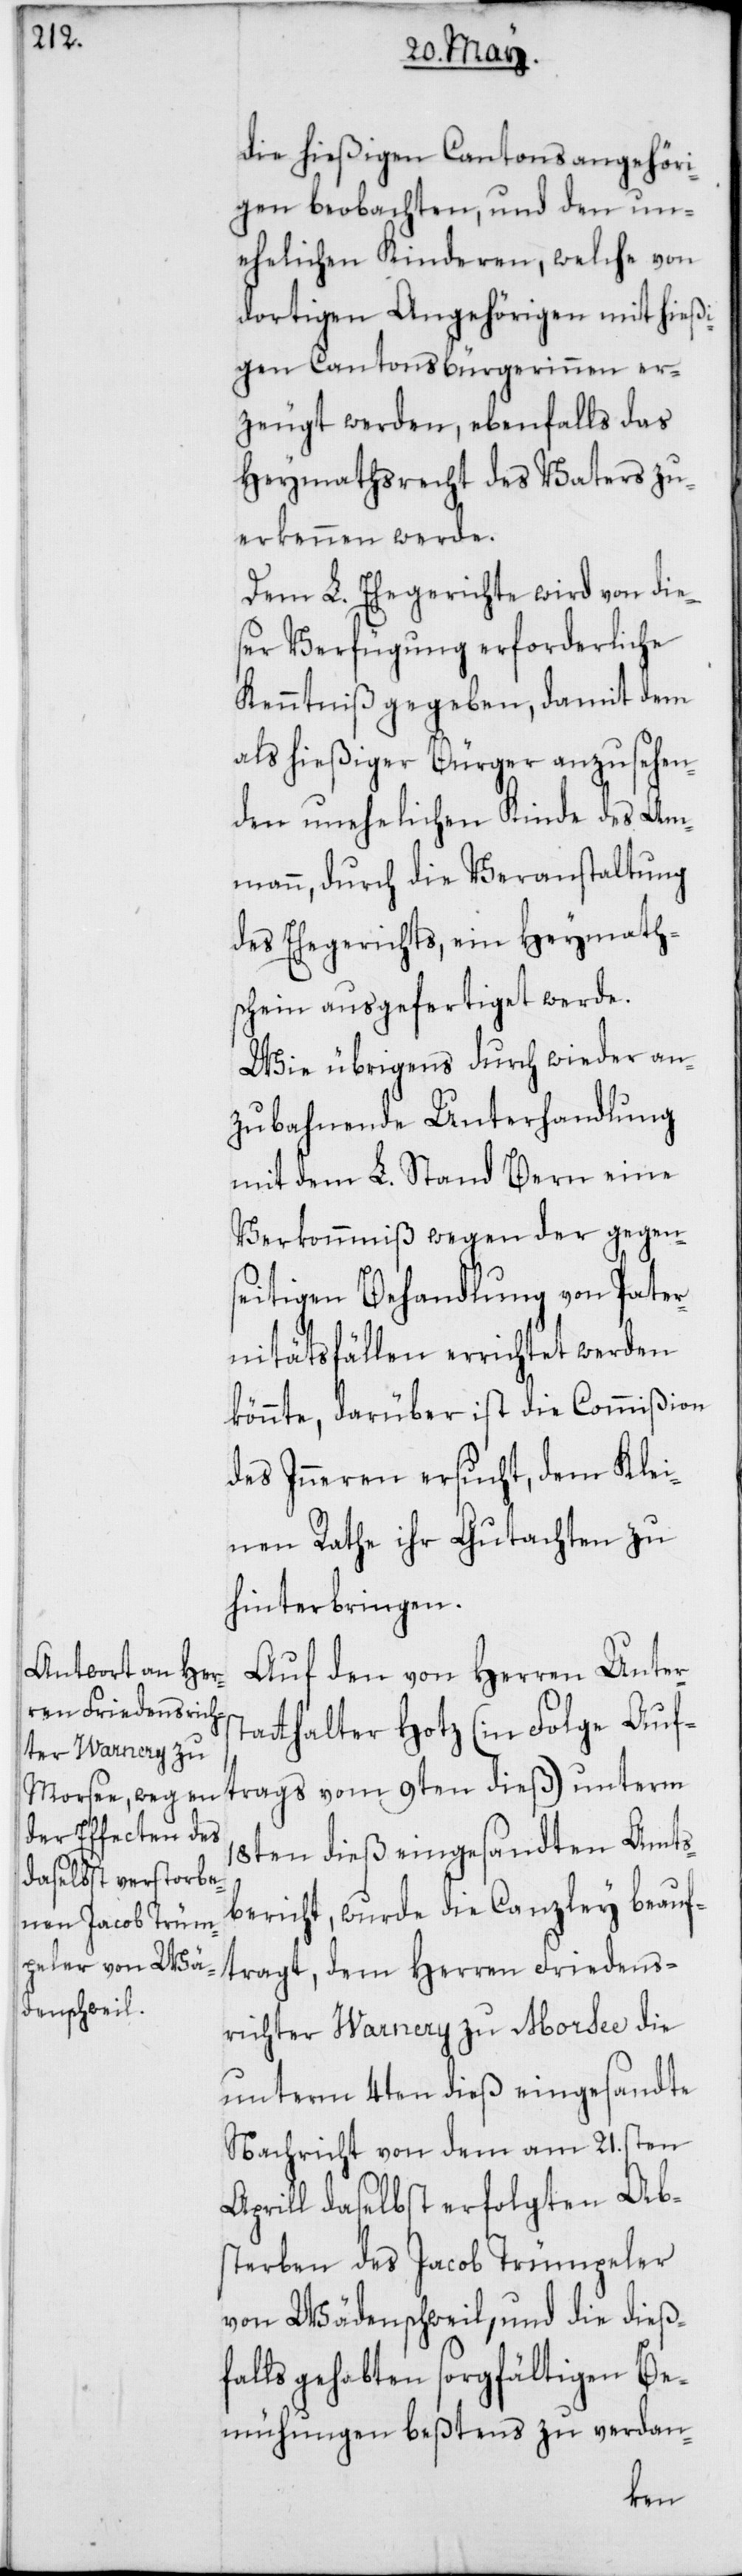
die hießigen Cantonsangehöri¬
gen beobachten, und den un¬
ehelichen Kinderen, welche von
dortigen Angehörigen mit hießi¬
gen Cantonsbürgerinnen er¬
zeugt werden, ebenfalls das
Heymathsrecht des Vaters zu¬
erkennen werde.
Dem L. Ehegerichte wird von die¬
ser Verfügung erforderliche
Kenntniß gegeben, damit dem
als hießiger Bürger anzusehen¬
den unehelichen Kinde des Am¬
mann, durch die Veranstaltung
des Ehegerichts, ein Heymath¬
schein ausgefertiget werde.
Wie übrigens durch wieder an¬
zubahnende Unterhandlung
mit dem L. Stand Bern eine
Verkommnis wegen der gegen¬
seitigen Behandlung von Pater¬
nitätsfällen errichtet werden
könnte, darüber ist die Commißion
des Inneren ersucht, dem Klei¬
nen Rathe ihr Gutachten zu
hinterbringen.
Auf den von Herren Unters¬
tatthalter Hotz (in Folge Auf¬
18ten dieß eingesandten Amts¬
bericht, wurde die Canzley beauf¬
tragt, dem Herren Friedens¬
richter Warnery zu Morsee die
unterm 4ten dieß eingesandte
Nachricht von dem am 21.
Aprill daselbst erfolgten Ab¬
sterben des Jacob Trümpeler
von Wädenschweil, und die dieß¬
falls gehabten sorgfältigen Be¬
mühungen beßtens zu verdan-
trags